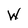
Character: W